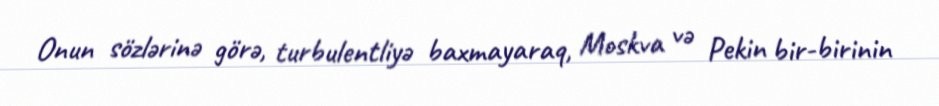
Onun sözlərinə görə, turbulentliyə baxmayaraq, Moskva və Pekin bir-birinin